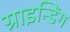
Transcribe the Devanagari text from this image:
ग्राइन्डिंग